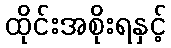
ထိုင်းအစိုးရနှင့်